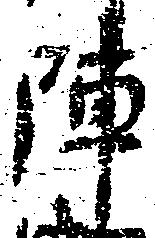
陣